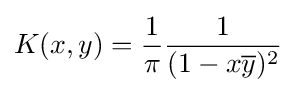
K(x,y)={\frac {1}{\pi }}{\frac {1}{(1-x{\overline {y}})^{2}}}